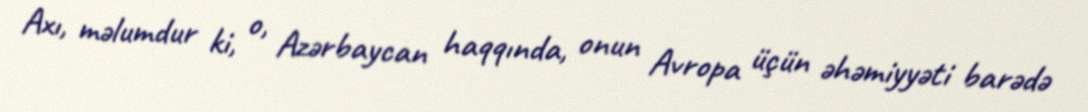
Axı, məlumdur ki, o, Azərbaycan haqqında, onun Avropa üçün əhəmiyyəti barədə